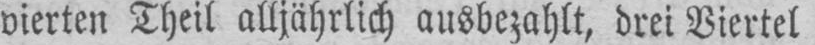
vierten Theil alljährlich ausbezahlt, drei Viertel